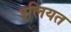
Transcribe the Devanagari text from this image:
इलियत